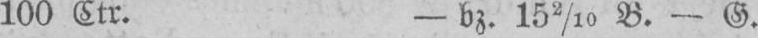
100 Ltr. - bz. 152/10 B. - G.